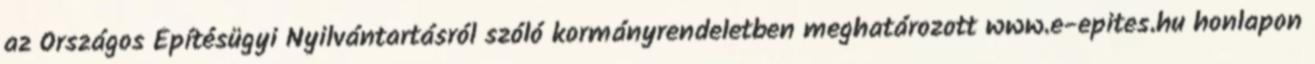
az Országos Építésügyi Nyilvántartásról szóló kormányrendeletben meghatározott www.e-epites.hu honlapon